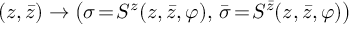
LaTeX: ( z , \bar { z } ) \rightarrow \left( \sigma \! = \! S ^ { z } ( z , \bar { z } , \varphi ) , \, \bar { \sigma } \! = \! S ^ { \bar { z } } ( z , \bar { z } , \varphi ) \right)